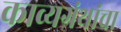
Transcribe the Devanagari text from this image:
काव्यग्रंथांचा